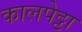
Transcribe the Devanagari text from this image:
कालपेट्टा